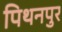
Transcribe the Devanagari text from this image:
पिथनपुर